65_HS1-834228961_62-HQ-83894_Section_5
Agency: FBI
Page 119
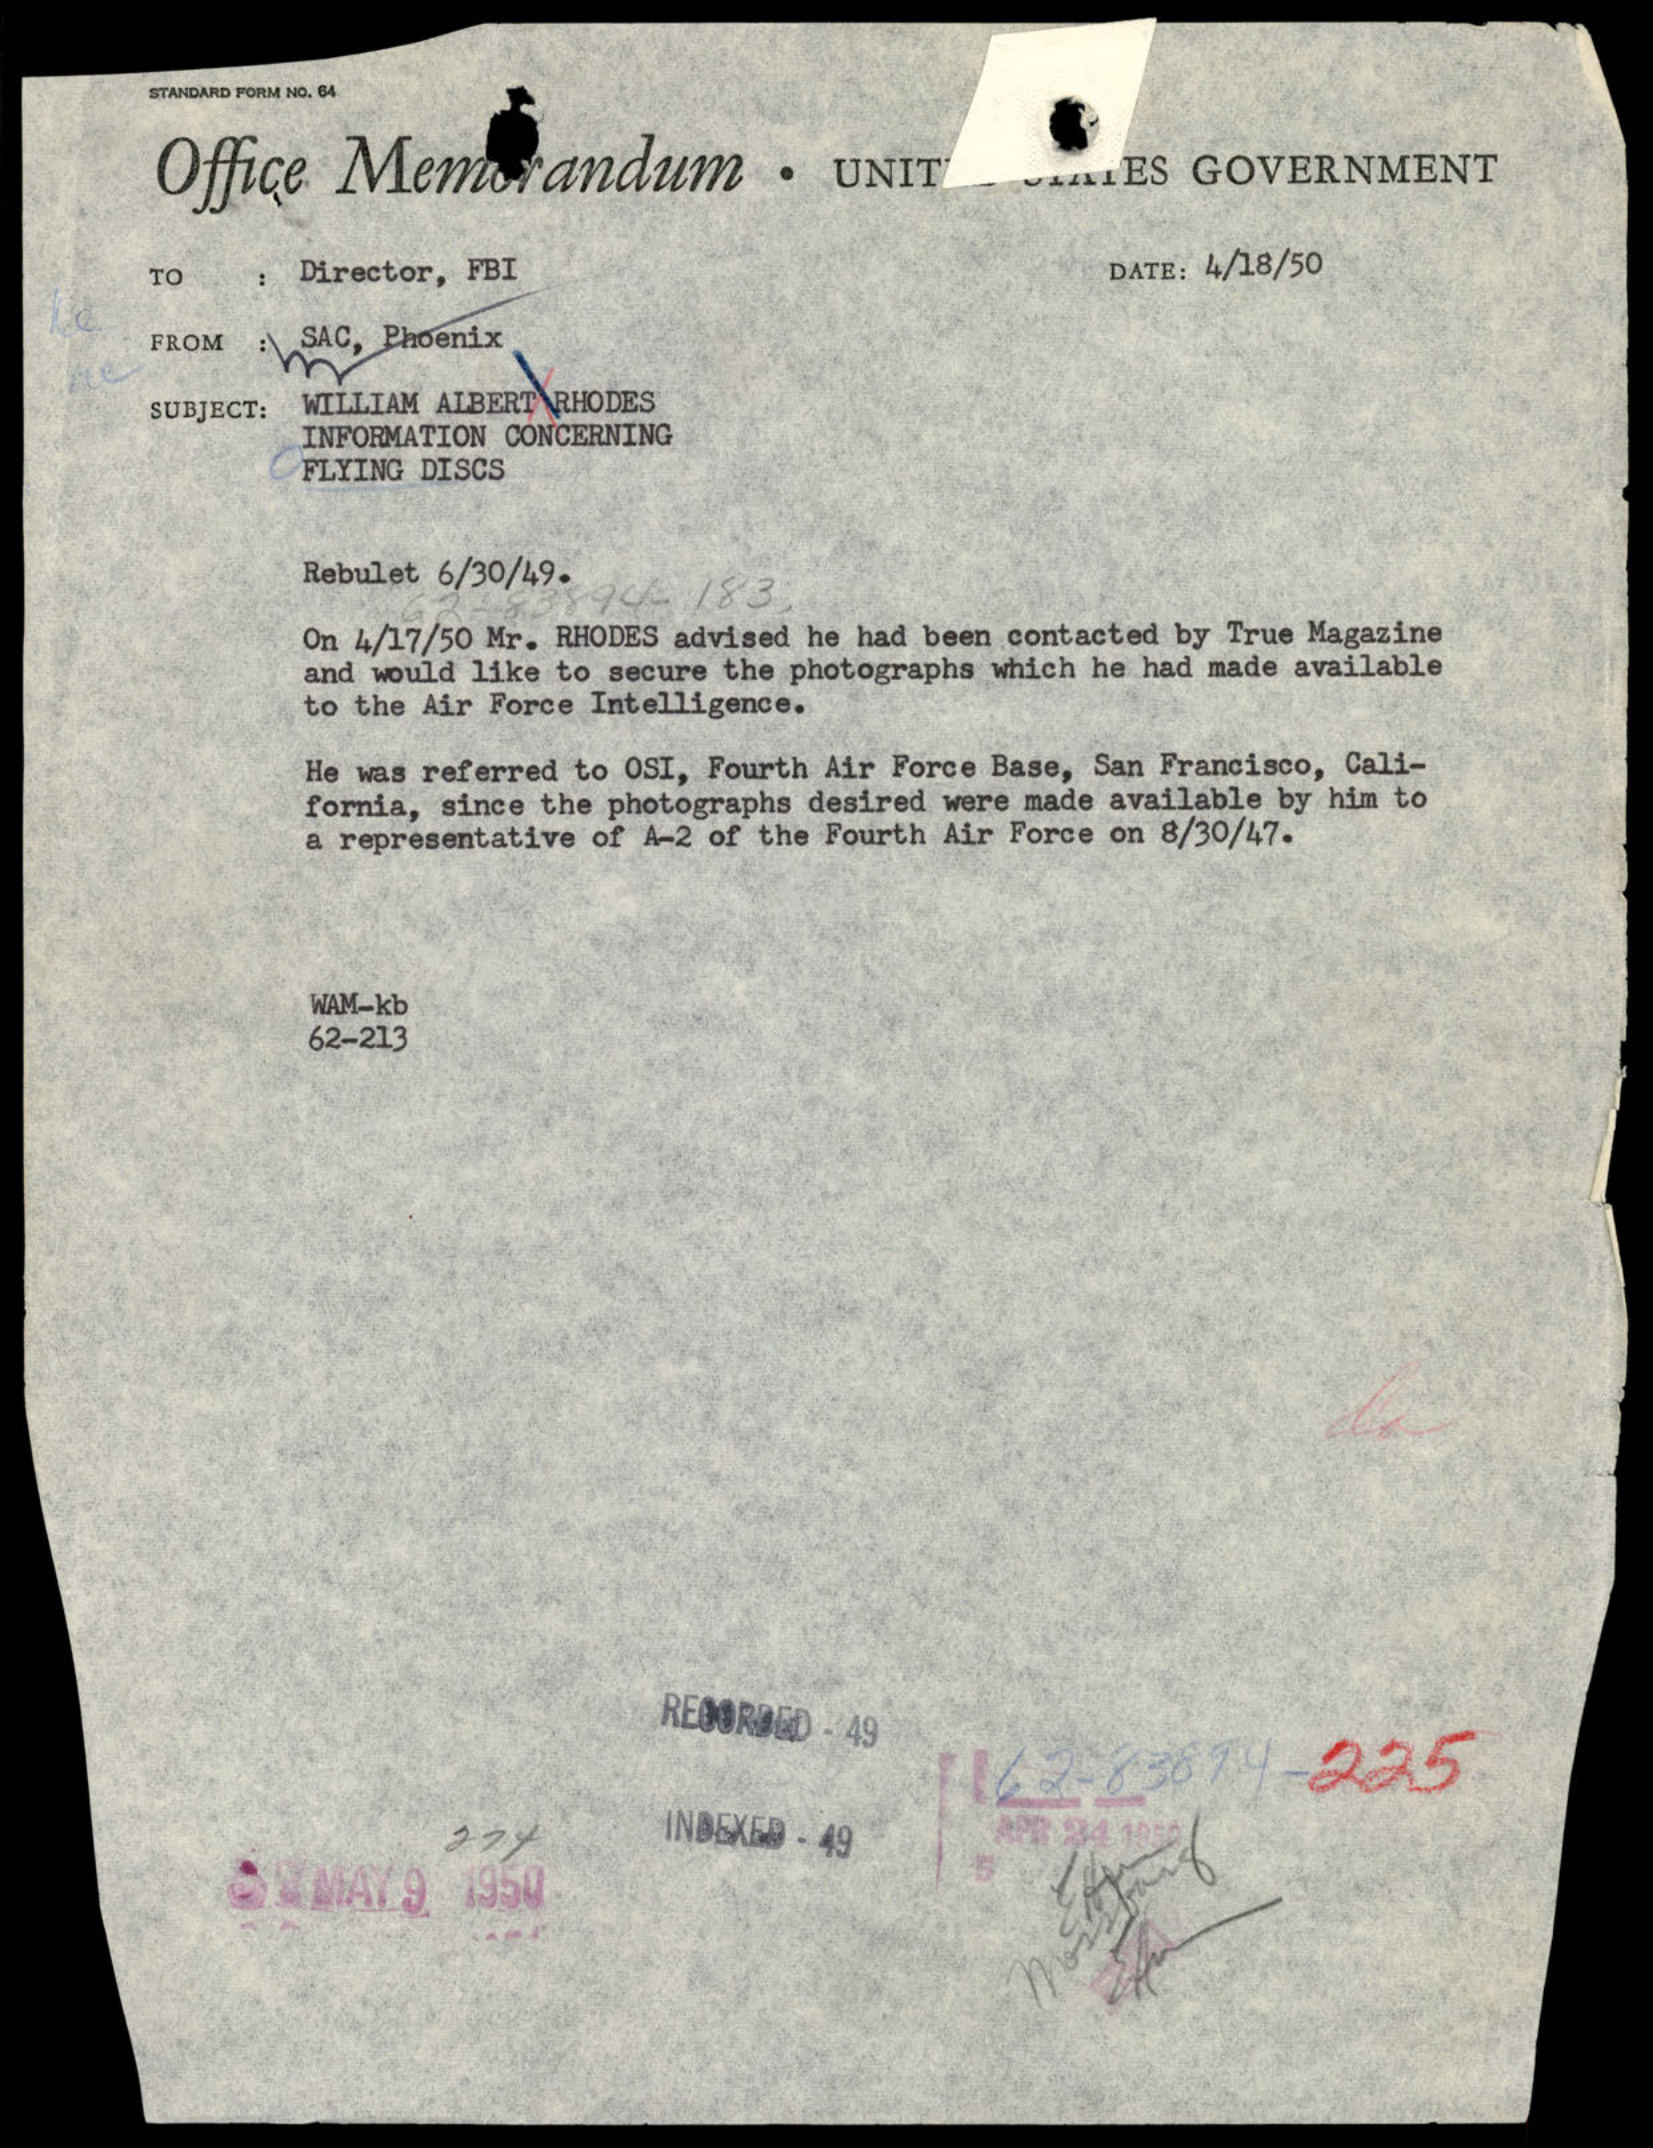